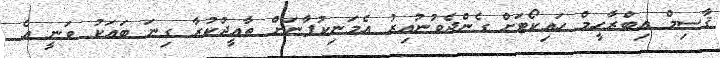
ޤާސިމް އިބްރާހީމް ހައިކޯޓަށް ގެންދެވުނުއިރު އެމަނިކުފާނަށް ތާއީދުކުރާ ގިނަ ބައަކު ވަނީ އެ